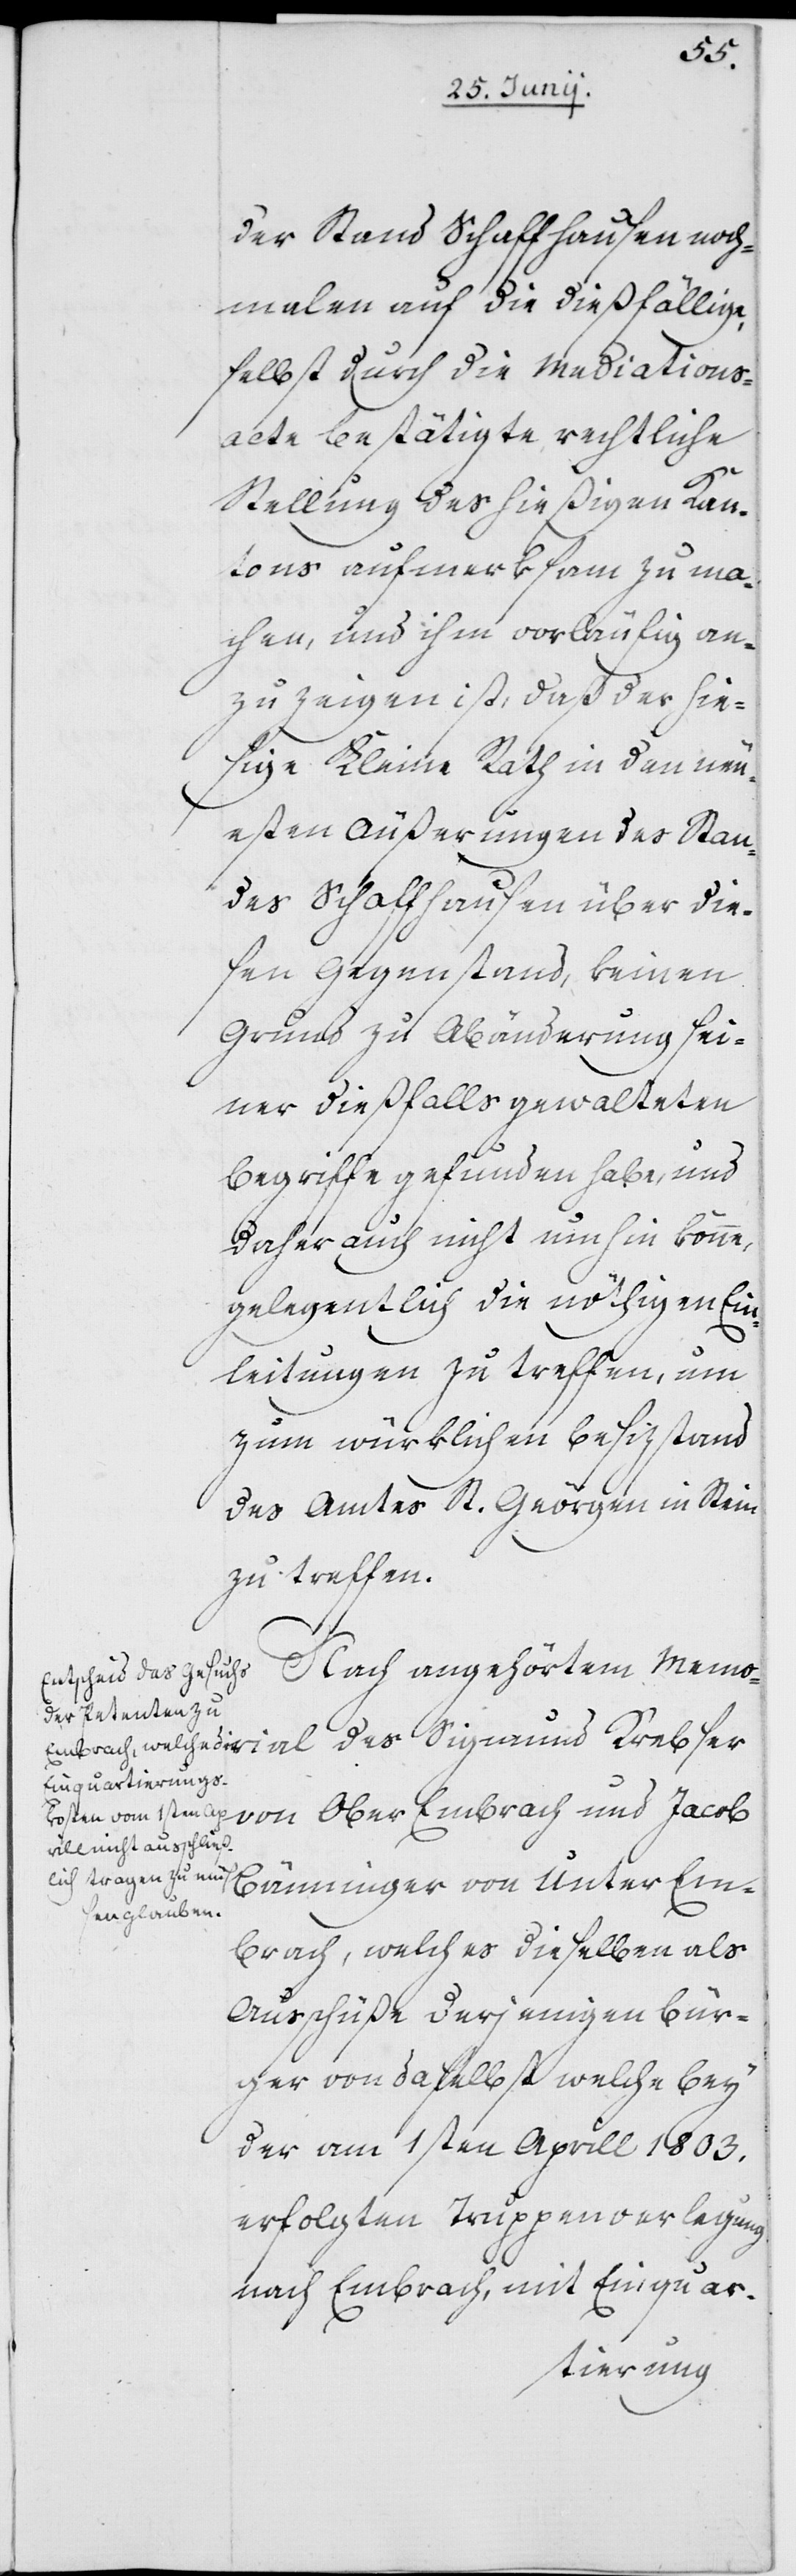
des
der Stand Schaffhausen noch¬
malen auf die dießfällige,
selbst durch die Mediations¬
acte bestätigte rechtliche
Stellung des hießigen Kan¬
tons aufmerksam zu ma¬
chen, und ihm vorläufig an¬
zuzeigen ist, daß der hie¬
sige Kleine Rath in den neu¬
esten Äußerungen des Stan¬
des Schaffhausen über die¬
sen Gegenstand, keinen
Grund zu Abänderung sei¬
ner dießfalls gewalteten
Begriffe gefunden habe, und
daher auch nicht umhin könne,
gelegentlich die nöthigen Ein¬
leitungen zu treffen, um
zum würklichen Besizstand
des Amtes St. Georgen in Stein
zu treffen.
Nach angehörtem Memo¬
Krebser von Ober Embrach und Jacob
Bänninger von Unter Em¬
brach, welches dieselben als
Ausschüße derjenigen Bür¬
ger von daselbst welche bey
der am 1sten Aprill 1803.
erfolgten Truppenverlegung
nach Embrach, mit Einquar-